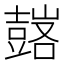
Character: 𧰀